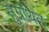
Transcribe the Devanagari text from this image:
सुग्रंथित